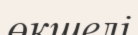
өкшелі